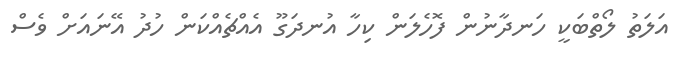
އަލަތު ލޯތްބަކީ ހަނދާނުން ފޮހެލަން ކިހާ އުނދަގޫ އެއްޗެއްކަން ހުދު އޭނައަށް ވެސް